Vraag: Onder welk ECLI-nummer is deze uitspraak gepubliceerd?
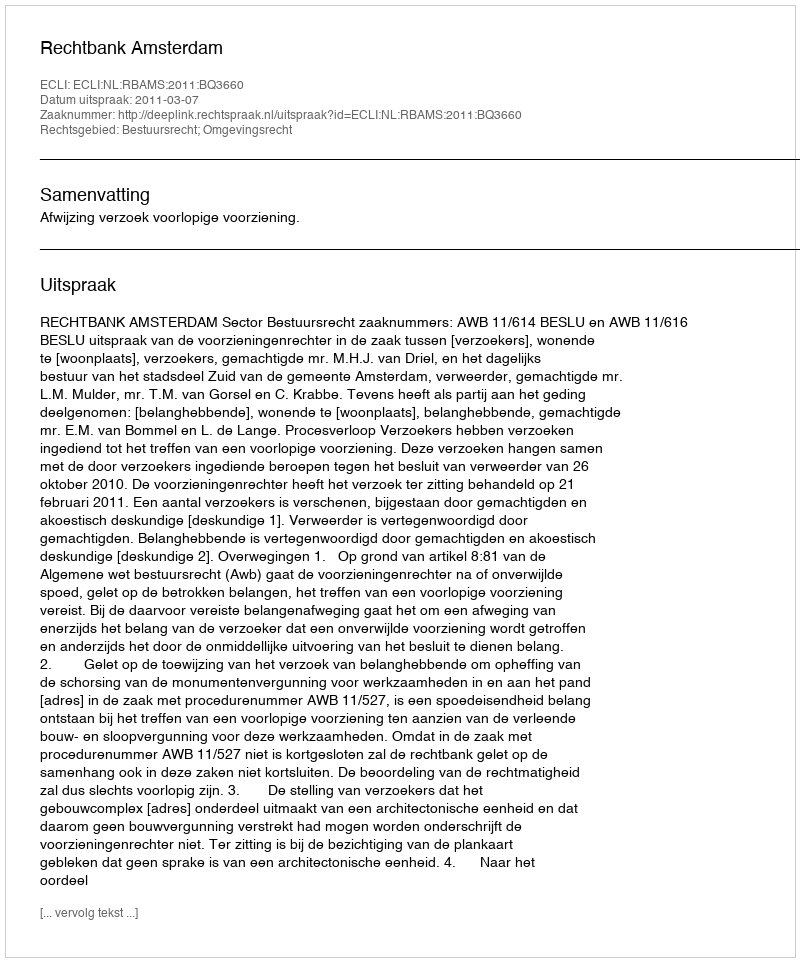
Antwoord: ECLI:NL:RBAMS:2011:BQ3660